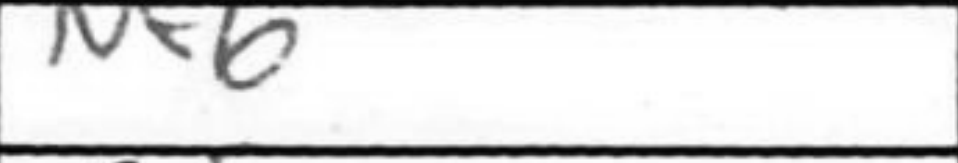
Transcription: Nf6